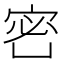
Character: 𡨑